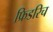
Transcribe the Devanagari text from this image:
फ्रिडरिच